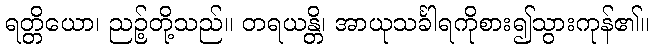
ရတ္တိယော၊ ညဉ့်တို့သည်။ တရယန္တိ၊ အာယုသင်္ခါရကိုစား၍သွားကုန်၏။